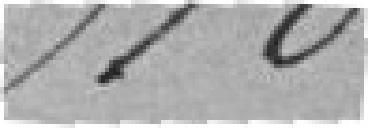
318